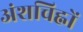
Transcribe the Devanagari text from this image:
अंशचिह्नों